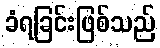
ခံရခြင်းဖြစ်သည်